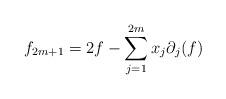
LaTeX: \begin{align*}f_{2m+1}=2f-\sum_{j=1}^{2m}x_j\partial_j(f)\end{align*}